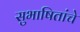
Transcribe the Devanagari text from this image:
सुभाषितांचे